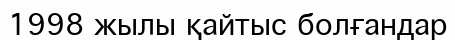
1998 жылы қайтыс болғандар